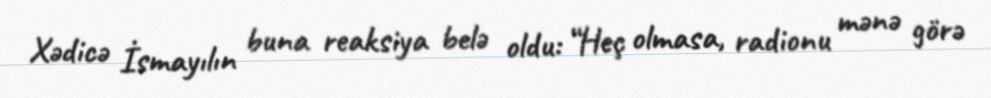
Xədicə İsmayılın buna reaksiya belə oldu: “Heç olmasa, radionu mənə görə